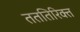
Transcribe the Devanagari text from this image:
तततिरिक्त